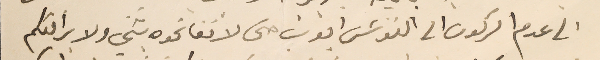
الى عدم الركون الى الفونسَ ايوب حتى لاتفاتحوه بشي ولا يرافقكم